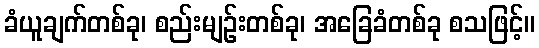
ခံယူချက်တစ်ခု၊ စည်းမျဉ်းတစ်ခု၊ အခြေခံတစ်ခု စသဖြင့်။